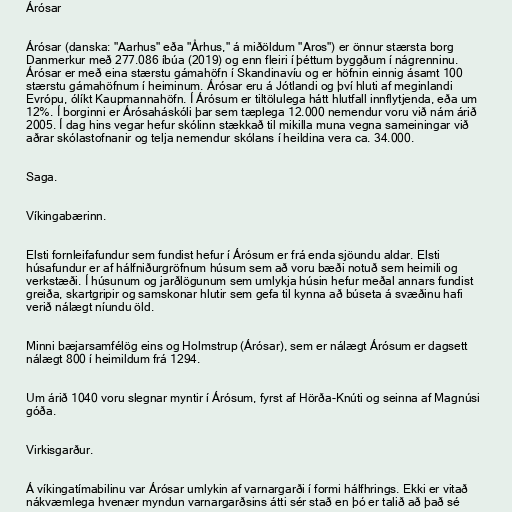
Árósar

Árósar (danska: "Aarhus" eða "Århus," á miðöldum "Aros") er önnur stærsta borg
Danmerkur með 277.086 íbúa (2019) og enn fleiri í þéttum byggðum í nágrenninu.
Árósar er með eina stærstu gámahöfn í Skandinavíu og er höfnin einnig ásamt 100
stærstu gámahöfnum í heiminum. Árósar eru á Jótlandi og því hluti af meginlandi
Evrópu, ólíkt Kaupmannahöfn. Í Árósum er tiltölulega hátt hlutfall innflytjenda, eða um
12%. Í borginni er Árósaháskóli þar sem tæplega 12.000 nemendur voru við nám árið
2005. Í dag hins vegar hefur skólinn stækkað til mikilla muna vegna sameiningar við
aðrar skólastofnanir og telja nemendur skólans í heildina vera ca. 34.000.

Saga.

Víkingabærinn.

Elsti fornleifafundur sem fundist hefur í Árósum er frá enda sjöundu aldar. Elsti
húsafundur er af hálfniðurgröfnum húsum sem að voru bæði notuð sem heimili og
verkstæði. Í húsunum og jarðlögunum sem umlykja húsin hefur meðal annars fundist
greiða, skartgripir og samskonar hlutir sem gefa til kynna að búseta á svæðinu hafi
verið nálægt níundu öld.

Minni bæjarsamfélög eins og Holmstrup (Árósar), sem er nálægt Árósum er dagsett
nálægt 800 í heimildum frá 1294.

Um árið 1040 voru slegnar myntir í Árósum, fyrst af Hörða-Knúti og seinna af Magnúsi
góða.

Virkisgarður.

Á víkingatímabilinu var Árósar umlykin af varnargarði í formi hálfhrings. Ekki er vitað
nákvæmlega hvenær myndun varnargarðsins átti sér stað en þó er talið að það sé